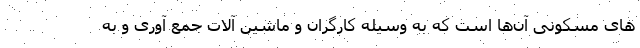
های مسکونی آن‌ها است که به وسیله کارگران و ماشین آلات جمع آوری و به